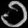
Digit: ၁